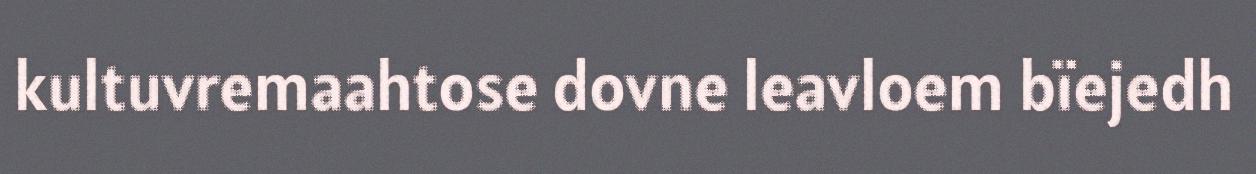
kultuvremaahtose dovne leavloem bïejedh